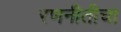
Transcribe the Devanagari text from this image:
रणनीतीचा